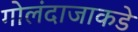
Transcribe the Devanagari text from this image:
गोलंदाजाकडे